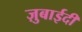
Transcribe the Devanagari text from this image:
ज़ुबाईदी